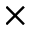
\times